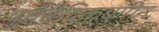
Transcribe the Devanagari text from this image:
पूर्ववैदिकयुगीन